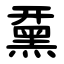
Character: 䵤